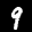
Label: 9